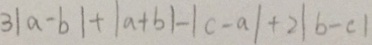
3 \vert a - b \vert + \vert a + b \vert - \vert c - a \vert + 2 \vert b - c \vert